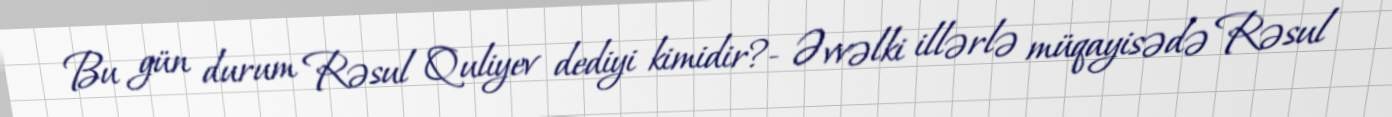
Bu gün durum Rəsul Quliyev dediyi kimidir?- Əvvəlki illərlə müqayisədə Rəsul